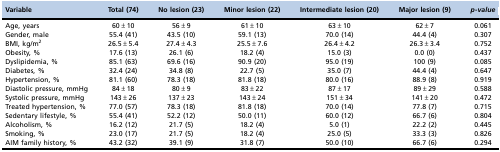
<table><thead><tr><td><b>Variable</b></td><td><b>Total (74)</b></td><td><b>No lesion (23)</b></td><td><b>Minor lesion (22)</b></td><td><b>Intermediate lesion (20)</b></td><td><b>Major lesion (9)</b></td><td><b><i>p-value</i></b></td></tr></thead><tbody><tr><td>Age, years</td><td>60±10</td><td>56±9</td><td>61±10</td><td>63±10</td><td>62±7</td><td>0.061</td></tr><tr><td>Gender, male</td><td>55.4 (41)</td><td>43.5 (10)</td><td>59.1 (13)</td><td>70.0 (14)</td><td>44.4 (4)</td><td>0.307</td></tr><tr><td>BMI, kg/m<sup>2</sup></td><td>26.5±5.4</td><td>27.4±4.3</td><td>25.5±7.6</td><td>26.4±4.2</td><td>26.3±3.4</td><td>0.752</td></tr><tr><td>Obesity, %</td><td>17.6 (13)</td><td>26.1 (6)</td><td>18.2 (4)</td><td>15.0 (3)</td><td>0.0 (0)</td><td>0.437</td></tr><tr><td>Dyslipidemia, %</td><td>85.1 (63)</td><td>69.6 (16)</td><td>90.9 (20)</td><td>95.0 (19)</td><td>100 (9)</td><td>0.085</td></tr><tr><td>Diabetes, %</td><td>32.4 (24)</td><td>34.8 (8)</td><td>22.7 (5)</td><td>35.0 (7)</td><td>44.4 (4)</td><td>0.647</td></tr><tr><td>Hypertension, %</td><td>81.1 (60)</td><td>78.3 (18)</td><td>81.8 (18)</td><td>80.0 (16)</td><td>88.9 (8)</td><td>0.919</td></tr><tr><td>Diastolic pressure, mmHg</td><td>84±18</td><td>80±9</td><td>83±22</td><td>87±17</td><td>89±29</td><td>0.588</td></tr><tr><td>Systolic pressure, mmHg</td><td>143±26</td><td>137±23</td><td>143±24</td><td>151±34</td><td>141±20</td><td>0.472</td></tr><tr><td>Treated hypertension, %</td><td>77.0 (57)</td><td>78.3 (18)</td><td>81.8 (18)</td><td>70.0 (14)</td><td>77.8 (7)</td><td>0.715</td></tr><tr><td>Sedentary lifestyle, %</td><td>55.4 (41)</td><td>52.2 (12)</td><td>50.0 (11)</td><td>60.0 (12)</td><td>66.7 (6)</td><td>0.804</td></tr><tr><td>Alcoholism, %</td><td>16.2 (12)</td><td>21.7 (5)</td><td>18.2 (4)</td><td>5.0 (1)</td><td>22.2 (2)</td><td>0.445</td></tr><tr><td>Smoking, %</td><td>23.0 (17)</td><td>21.7 (5)</td><td>18.2 (4)</td><td>25.0 (5)</td><td>33.3 (3)</td><td>0.826</td></tr><tr><td>AIM family history, %</td><td>43.2 (32)</td><td>39.1 (9)</td><td>31.8 (7)</td><td>50.0 (10)</td><td>66.7 (6)</td><td>0.294</td></tr></tbody></table>